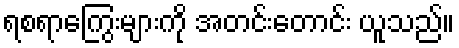
ရစရာကြွေးများကို အတင်းတောင်း ယူသည်။